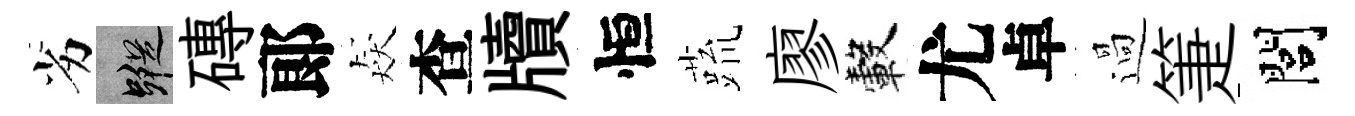
劣蹤磚郞猋查牘恒蔬廖轂尤卓過箑閭